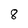
Character: 8